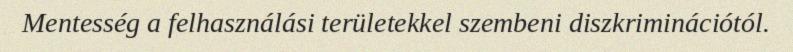
Mentesség a felhasználási területekkel szembeni diszkriminációtól.